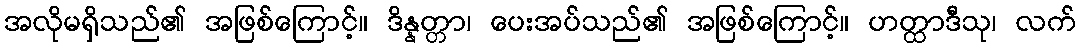
အလိုမရှိသည်၏ အဖြစ်ကြောင့်။ ဒိန္နတ္တာ၊ ပေးအပ်သည်၏ အဖြစ်ကြောင့်။ ဟတ္ထာဒီသု၊ လက်